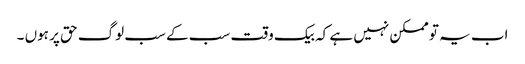
اب یہ تو ممکن نہیں ہے کہ بیک وقت سب کے سب لوگ حق پر ہوں ۔